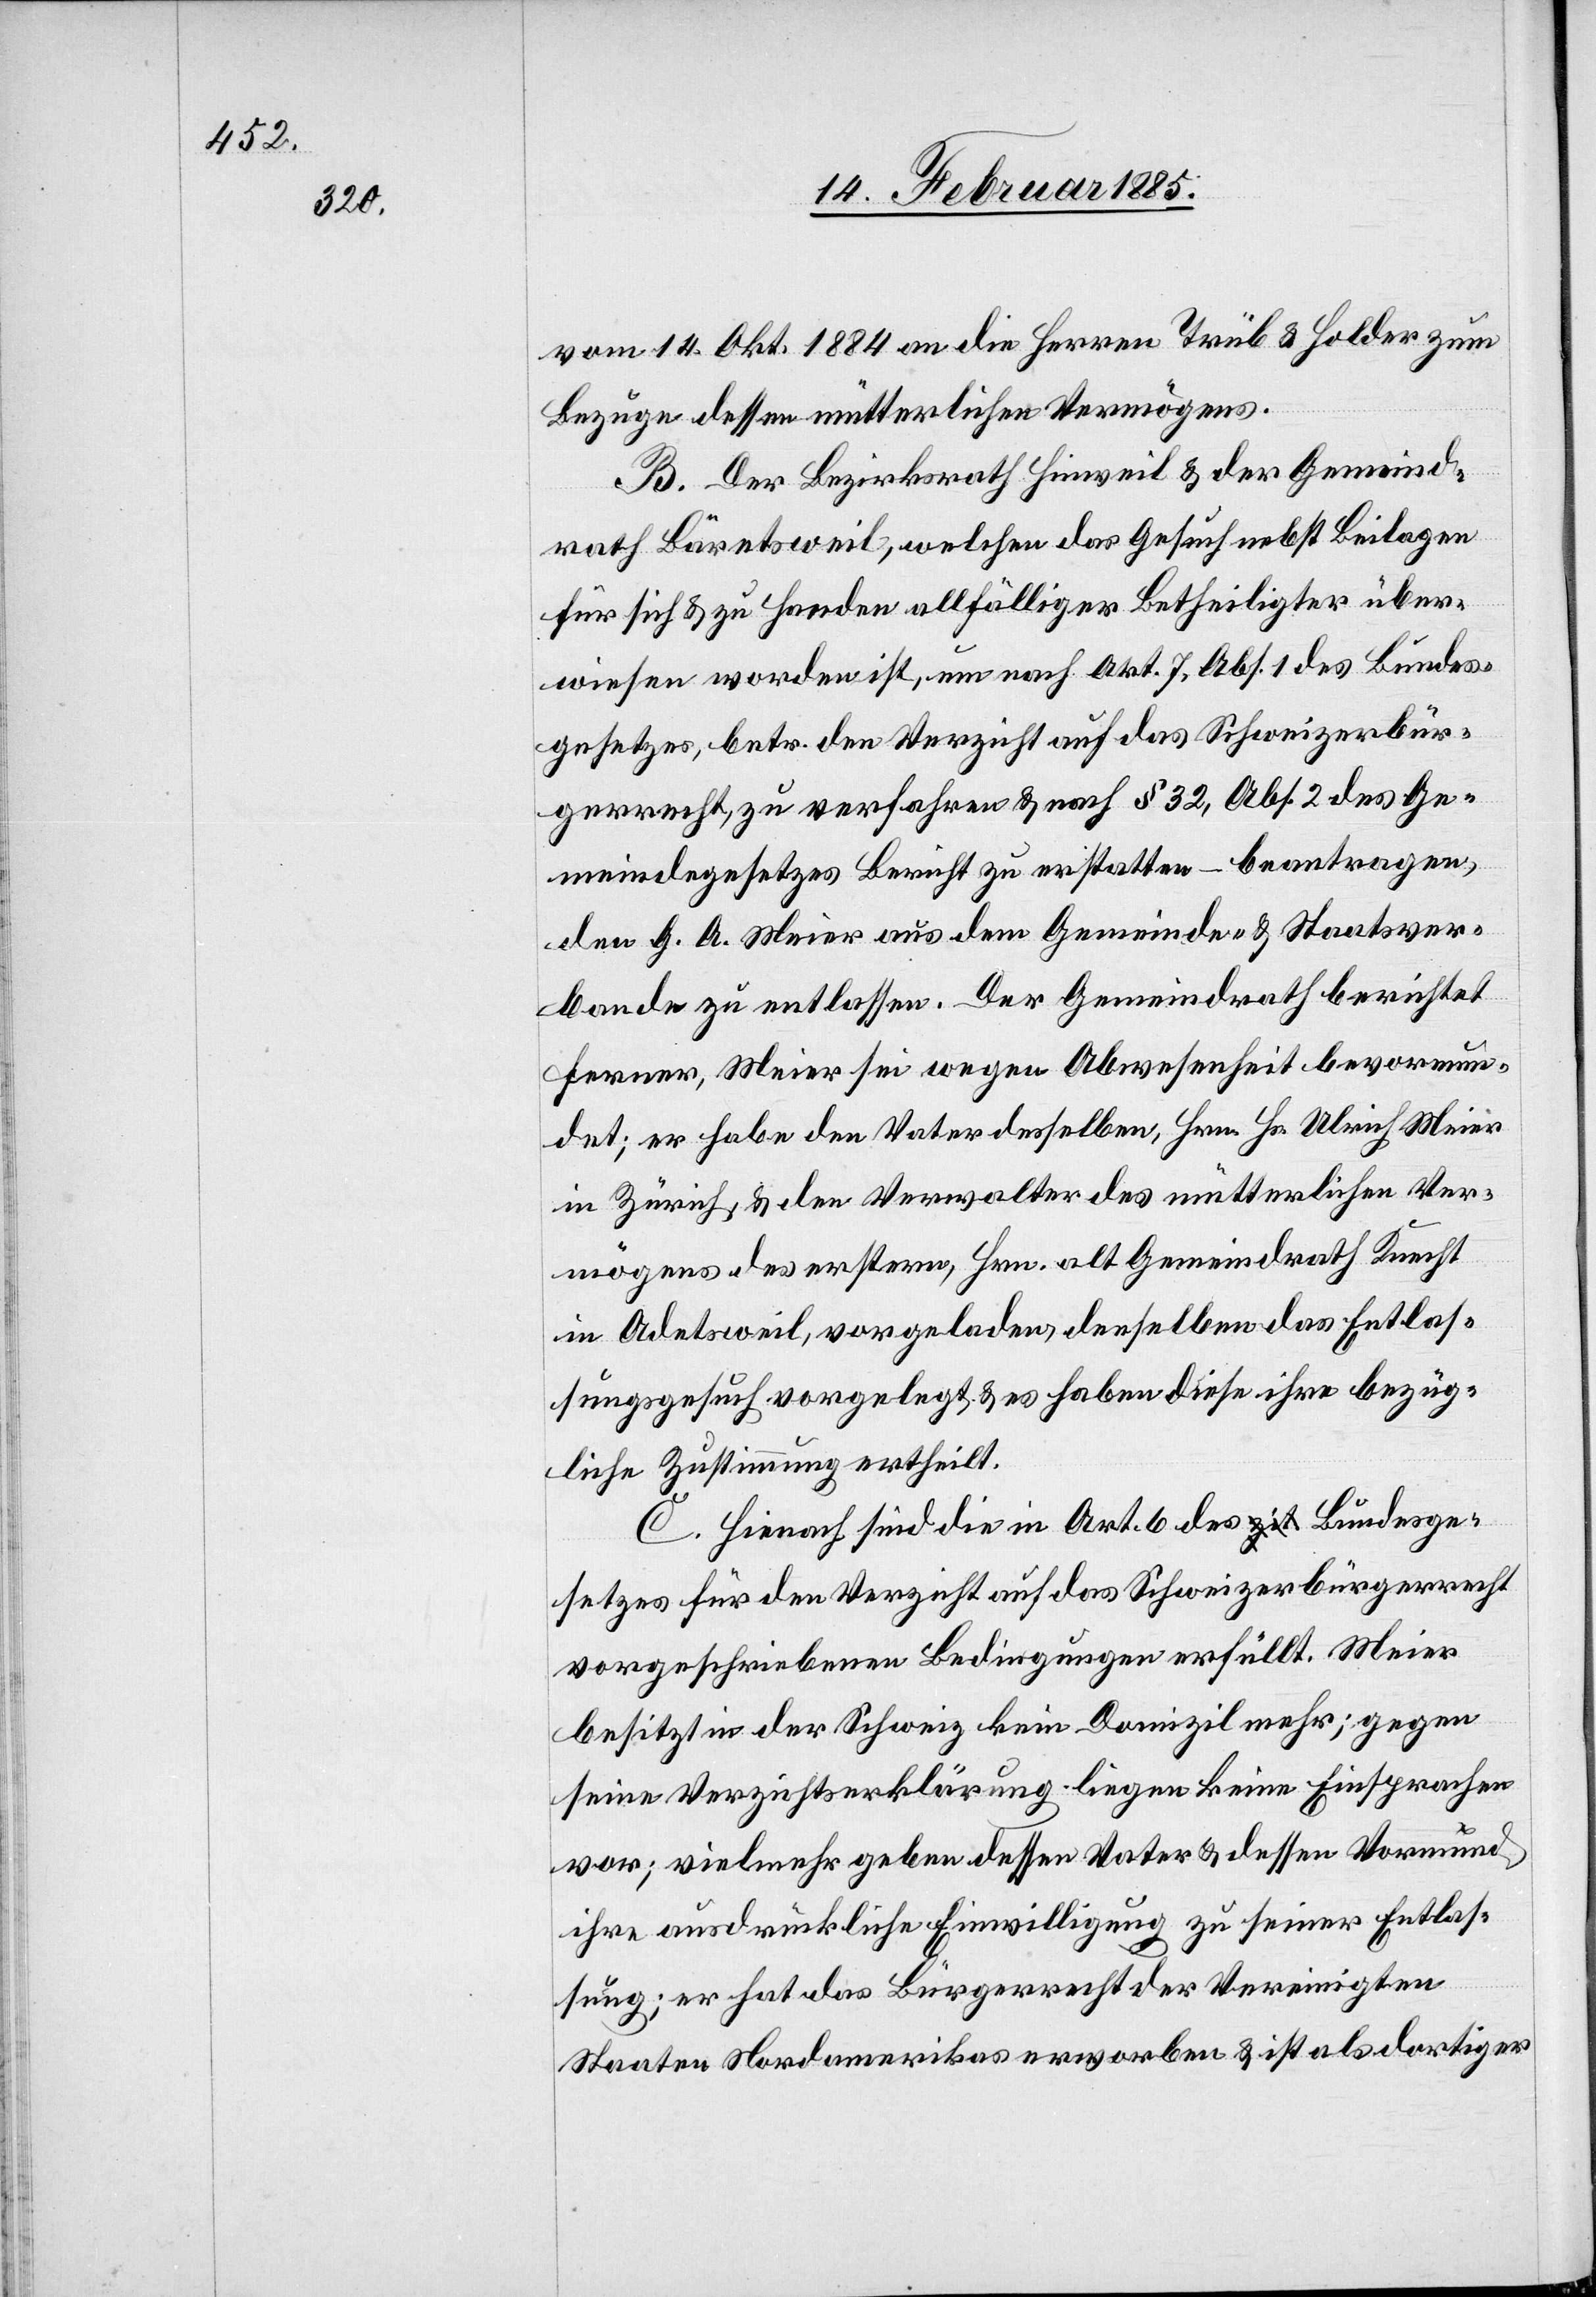
vom 14. Okt. 1884 an die Herren Trüb & Holder zum
Bezuge dessen mütterlichen Vermögens.
B. Der Bezirksrath Hinweil & der Gemeind¬
rath Bäretsweil, welchen das Gesuch nebst Beilagen
für sich & zu Handen allfälliger Betheiligter über¬
wiesen worden ist, um nach Akt. 7, Abs. 2 des Ge¬
meindegesetzes Bericht zu erstatten – beantragen,
den G. A. Meier aus dem Gemeinde- & Staatsver¬
bande zu entlassen. Der Gemeindrath berichtet
ferner, Meier sei wegen Abwesenheit bevormun¬
det: er habe den Vater desselben, Hrn. Hs. Ulrich Meier
in Zürich, & den Verwalter des mütterlichen Ver¬
mögens des erstern, Hrn. alt Gemeindrath Knecht
in Adetsweil, vorgeladen, denselben das Entlas¬
sungsgesuch vorgelegt & es haben diese ihre bezüg¬
liche Zustimmung ertheilt.
C. Hienach sind die in Art. 6 des Bundesge¬
setzes für den Verzicht auf das Schweizerbürgerrecht
vorgeschriebenen Bedingungen erfüllt. Meier
besitzt in der Schweiz kein Domizil mehr; gegen
seine Verzichtserklärung liegen keine Einsprachen
vor; vielmehr geben dessen Vater & dessen Vormund
ihre ausdrückliche Einwilligung zu seiner Entlas¬
sung; er hat das Bürgerrecht der Vereinigten
Staaten Nordamerikas erworben & ist als dortiger